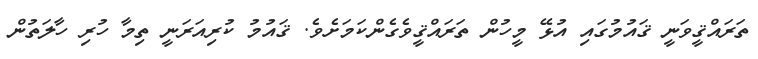
ތަރައްޤީވަނީ ޤައުމުގައި އުޅޭ މީހުން ތަރައްޤީވެގެންކަމަށެވެ. ޤައުމު ކުރިއަރަނީ ތިމާ ހުރި ހާލަތުން